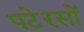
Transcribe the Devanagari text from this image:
पटेरसों